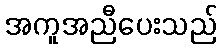
အကူအညီပေးသည်